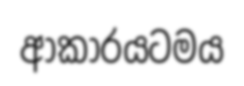
ආකාරයටමය